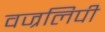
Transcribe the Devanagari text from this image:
वज्रलिपी